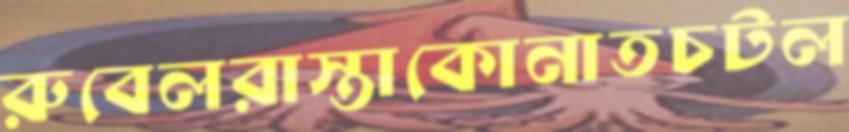
রুবেলরাস্তাকোনাতচটল